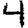
Digit: 4